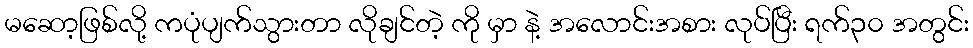
မဆော့ဖြစ်လို့ ကပုံပျက်သွားတာ လိုချင်တဲ့ ကို မှာ နဲ့ အလောင်းအစား လုပ်ပြီး ရက်၃၀ အတွင်း